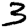
Digit: 3